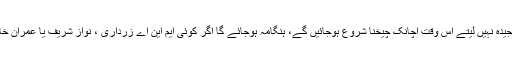
وہی ایم این ایز جو پارلیمنٹ کو سنجیدہ نہیں لیتے اس وقت اچانک چیخنا شروع ہوجائیں گے، ہنگامہ ہوجائے گا اگر کوئی ایم این اے زرداری ، نواز شریف یا عمران خان کی شان میں گستاخی کر بیٹھے۔